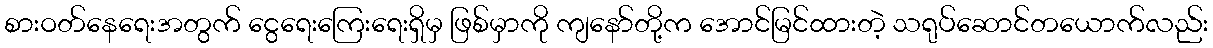
စားဝတ်နေရေးအတွက် ငွေရေးကြေးရေးရှိမှ ဖြစ်မှာကို ကျနော်တို့က အောင်မြင်ထားတဲ့ သရုပ်ဆောင်တယောက်လည်း